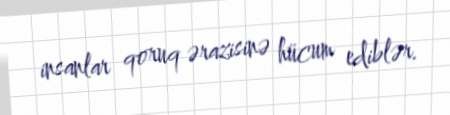
insanlar qoruq ərazisinə hücum ediblər.